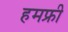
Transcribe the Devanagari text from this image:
हमफ्री